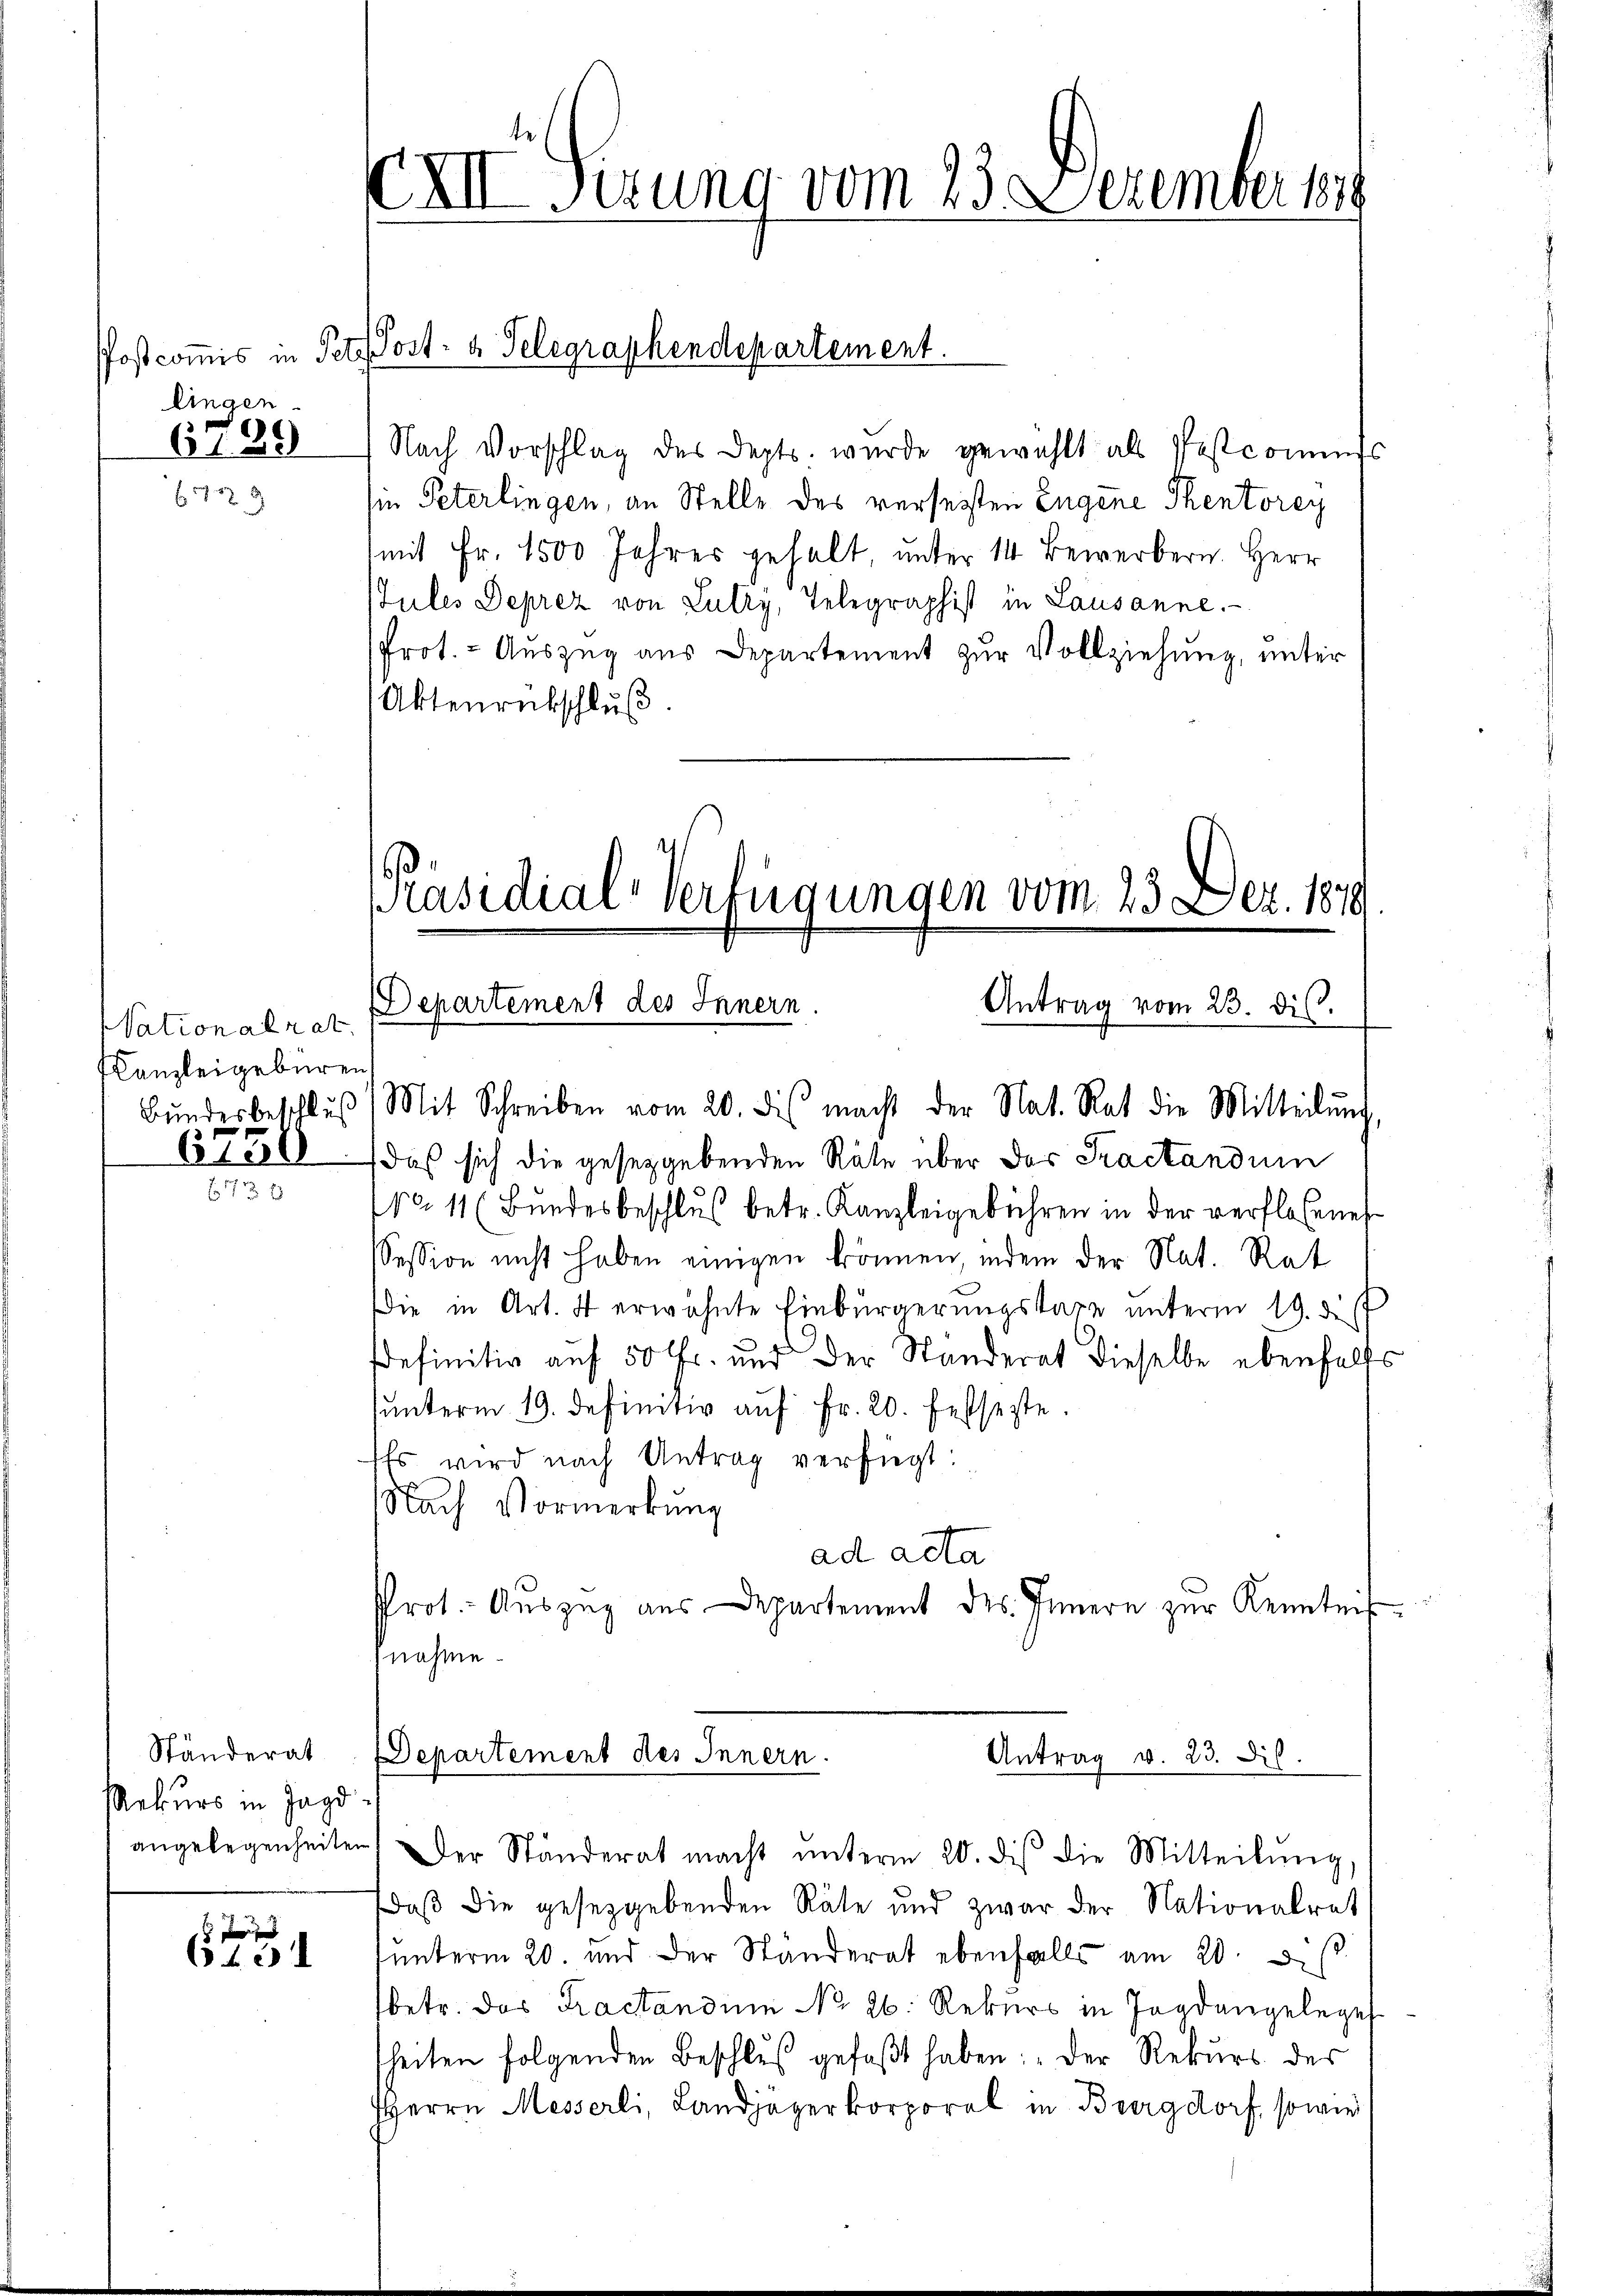
lingen
6789

778

Vationalrat
Canzleigebüren.
Bundesbeschluß

Nach Vorschlag des Depts. wurde gewählt als Postcomiss
sie Peterlingen, an Stelle des verseiten Engene Thentorey
mit Fr. 1500 Jahres gehalt, unter 14 Bewerbern. Herr
Ptules Deprez von Lutry, Telegraphist in Lausanne.
Prot. - Auszug aus Departement zur Vollziehung, unter
Aktenrückschluß

Ständerat
Rekurs in Jagd-

E d
6 f 0 x

XXII Gerung vom 23. Dezember 189

Postcommis in Pet Post- u. Telegraphendepartement.

[Präsidial-Verfügungen vom 23. Dez. 1879.
Departement des Innern
Antrag vom 23. dis.

Mit Schreiben vom 20. ds. macht der Nat. Rat die Mitteilŭng,
6750 das sich die gesetzgebenden Räte über das Tractandum
No. 11 (Bundesbeschlŭs betr. Kanzleigebühren in der verflossenes
Session nicht haben einigen können, indem der Nat. Rat
Die in Art. 4 erwähnte Einbürgerungstaxe unterm 19. d.
sdefinitiv auf 50 Fr. und der Standerat dieselbe ebenfalls
hunterm 19. Definitiv auf Fr. 20. festseste.
Es wird nach Antrag verfügt:
NNach Vormerkung
ad acta
Prot. Auszug aus Departement des Innern zur Kenntnis.
nahme.

Departement des Innern.
Antrag v. 23. Dil.

angelegenheiten. Der Ständerat macht ŭnterm 20. dis die Mitteilŭng,
daß die gesetzgebenden Räte und zwar der Nationalrat
unterm 20. und der Ständerat ebenfalls am 20. d.
betr. das Tractandine No 26. Rekurs in Jagdangelege
sheiten folgenden Beschluß gefaßt haben: „Der Rekurs des
HHerrn Messerli, Landjägerkorporal in Burgdorf, sowie